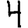
Digit: 4